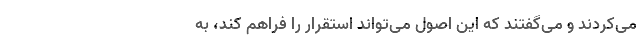
می‌کردند و می‌گفتند که این اصول می‌تواند استقرار را فراهم کند، به